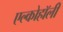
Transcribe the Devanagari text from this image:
एल्कोहॉली